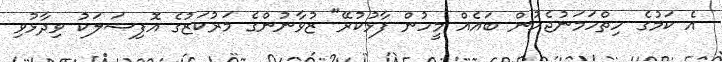
އެ ކަމުގެ ހިތްހަމަނުޖެހުން ބައެއް މީހުން ފާޅުކުރޭ" ޒުވާނުންގެ މަރުކަޒުގެ އޮފިޝަލަކު ވިދާޅުވި